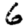
Digit: 6